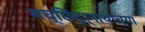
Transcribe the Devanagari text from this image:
मच्छिंद्र्नाथाच्या